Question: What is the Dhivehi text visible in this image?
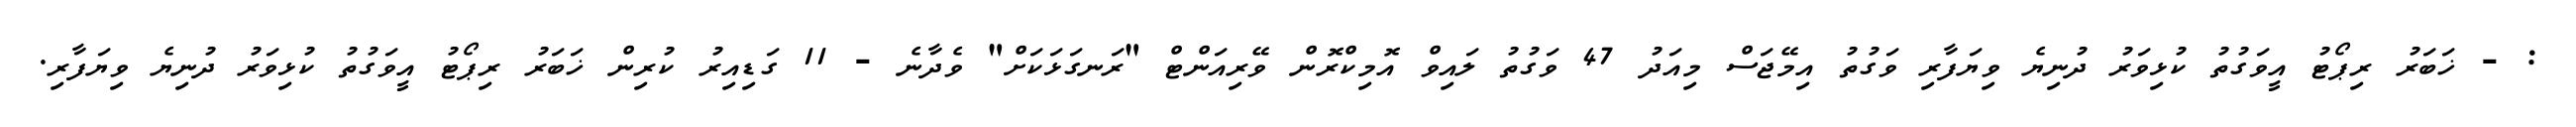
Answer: : - ޚަބަރު ރިޕޯޓު އީވަގުތު ކުޅިވަރު ދުނިޔެ ވިޔަފާރި ވަގުތު އިމޭޖަސް މިއަދު 47 ވަގުތު ލައިވް އޮމިކްރޮން ވޭރިއަންޓް "ރަނގަޅަކަށް" ވެދާނެ - 11 ގަޑިއިރު ކުރިން ޚަބަރު ރިޕޯޓު އީވަގުތު ކުޅިވަރު ދުނިޔެ ވިޔަފާރި.